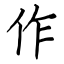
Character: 作